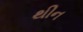
થીન